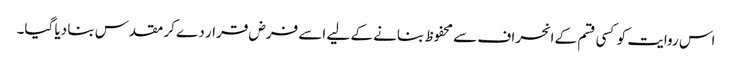
اس روایت کو کسی قسم کے انحراف سے محفوظ بنانے کے لیے اسے فرض قرار دے کر مقدس بنا دیا گیا۔